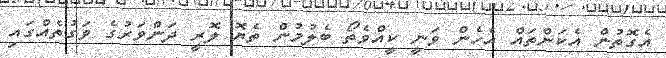
އެގޮތުން އެކަންތައް އެހެން ވަނީ ކީއްވެތޯ ބެލުމުން ތެޔޮ ލޮރީ ދަންވަރުގެ ވަގުތެއްގައި